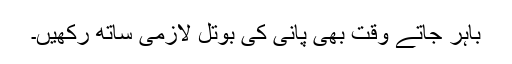
باہر جاتے وقت بھی پانی کی بوتل لازمی ساتھ رکھیں۔